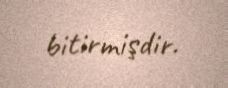
bitirmişdir.